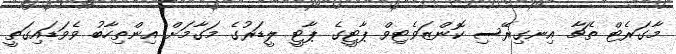
މާގަރެޓް ތެޗާ އިނގިރޭސި ކޮންޒަވެޓިވް ޕާޓީގެ ޕާޓީ ލީޑަރުގެ މަގާމަށް އިންތިހާބު ވެވަޑައިގަތީ